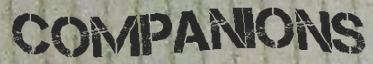
COMPANIONS